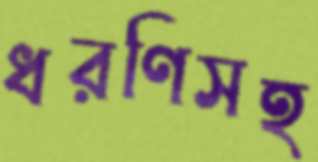
ধরণিসহ